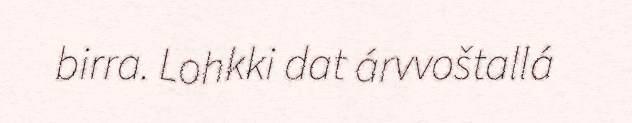
birra. Lohkki dat árvvoštallá